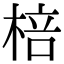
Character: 棓